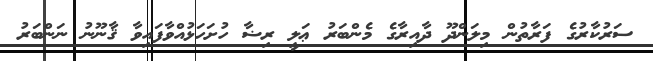
ސަރުކާރުގެ ފަރާތުން މިލަންދޫ ދާއިރާގެ މެންބަރު ޢަލީ ރިޟާ ހުށަހަޅުއްވާފައިވާ ޤާނޫނު ނަންބަރު